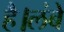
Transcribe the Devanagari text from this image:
है।लंबे